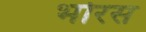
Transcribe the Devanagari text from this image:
भोरस